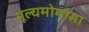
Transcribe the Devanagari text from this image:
मूल्यमोमांसा